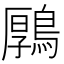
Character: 𪃱